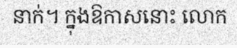
នាក់។ ក្នុងឱកាសនោះ លោក